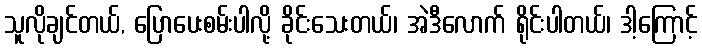
သူလိုချင်တယ်, ပြောပေးစမ်းပါလို့ ခိုင်းသေးတယ်၊ အဲဒီလောက် ရိုင်းပါတယ်၊ ဒါ့ကြောင့်